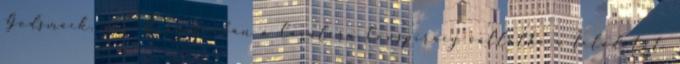
Godsmack, mí­g Brazí­liában a Cavalera Conspiracy vállalta a feladatot.